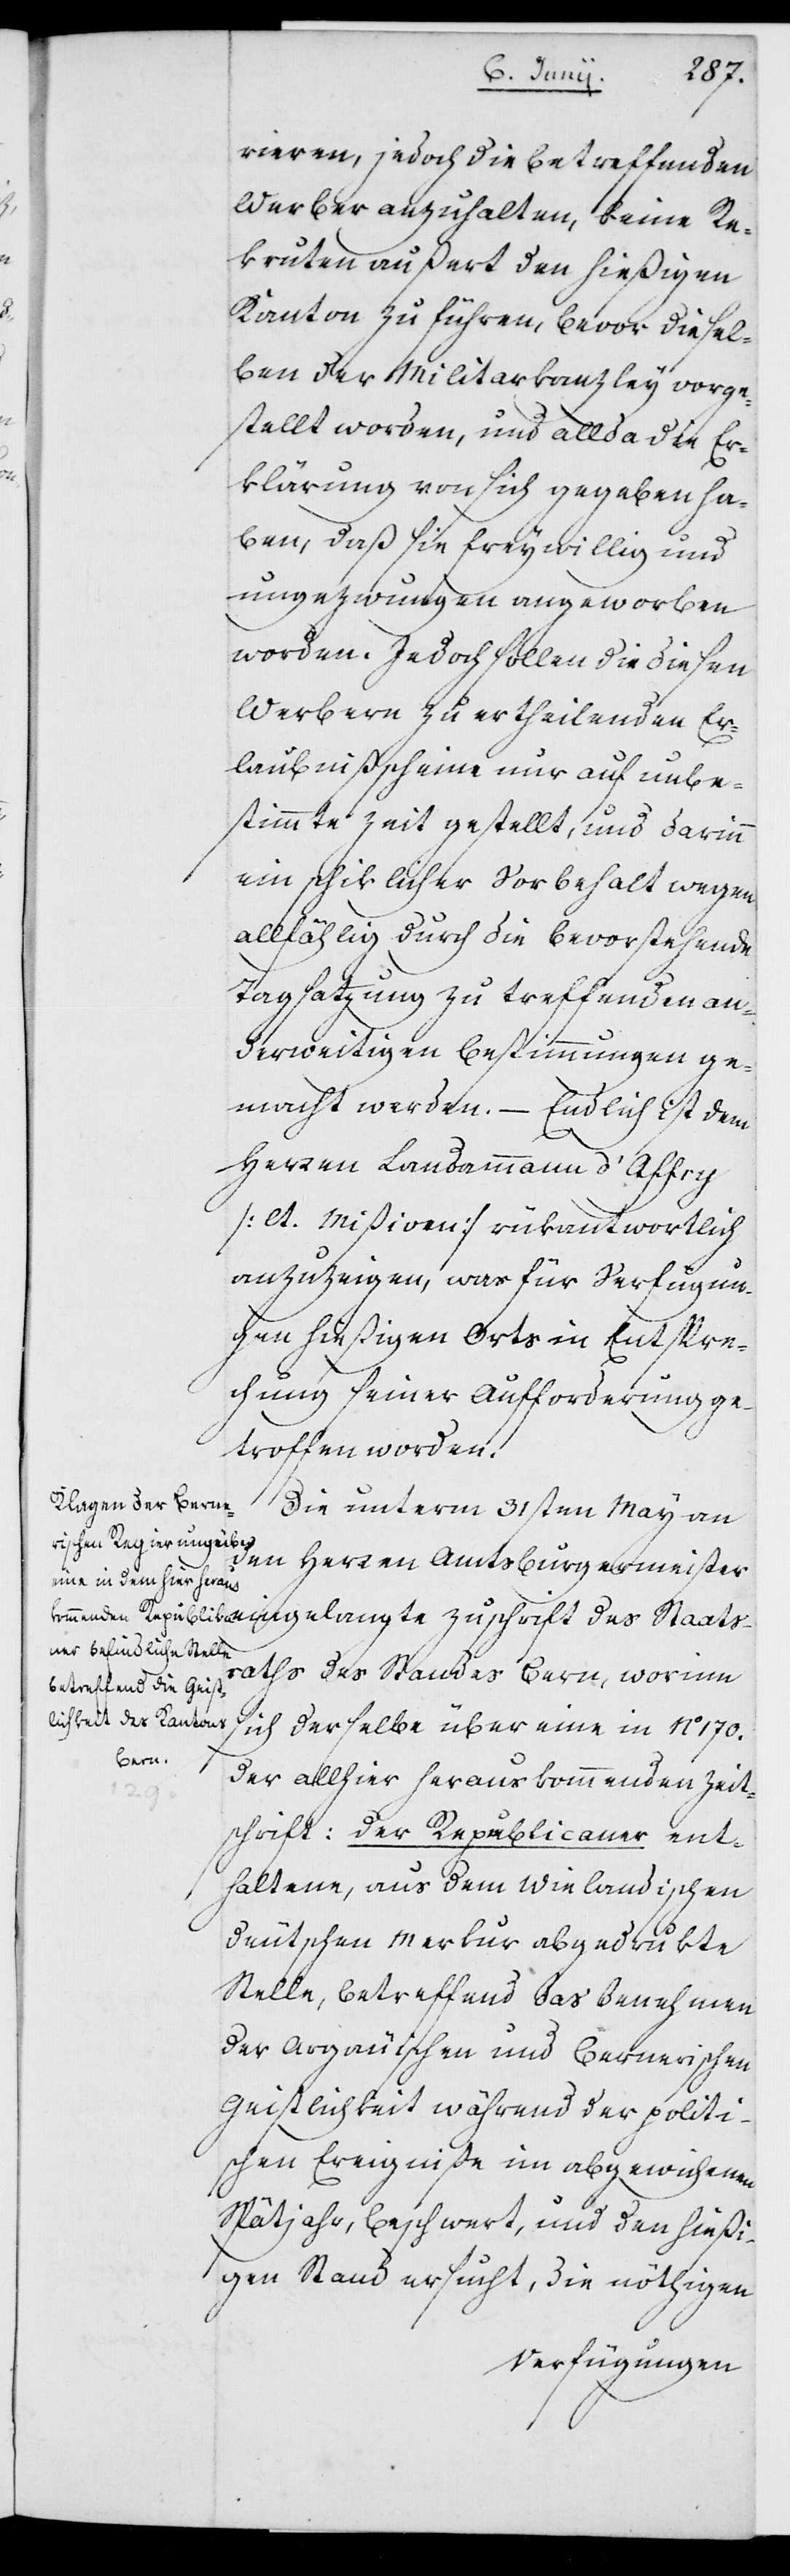
rieren, jedoch die betreffenden
Werber anzuhalten, keine Re¬
kruten außert den hießigen
Kanton zu führen, bevor diesel¬
be der Militarkanzley vorge¬
stellt worden, und allda die Er¬
klärung von sich gegeben ha¬
ben, daß sie freywillig und
ungezwungen angeworben
worden. Jedoch sollen die diesen
Werbern zu ertheilenden Er¬
laubnißscheine nur auf unbe¬
stimmte Zeit gestellt, und darinn
ein schiklicher Vorbehalt wegen
allfählig durch die bevorstehende
Tagsatzung zu treffenden an¬
derweitigen Bestimmungen ge¬
macht werden. – Endlich ist dem
Herren Landammann d’Affry
(lt. Mißiven) rükantwortlich
anzuzeigen, was für Verfügun¬
gen hießigen Orts in Entspre¬
chnung seiner Aufforderung ge¬
troffen worden.
Die unterm 31sten May an
den Herren Amtsburgermeister
eingelangte Zuschrift des Staats¬
raths des Standes Bern, worinn
sich derselbe über eine in No 170.
der allhier herauskommenden Zeit¬
schrift: Der Republicaner ent¬
haltene, aus dem Wielandischen
deutschen Merkur abgedrukte
Stelle, betreffend das Benehmen
der Argäuischen und Bernerischen
Geistlichkeit während der politi¬
schen Ereigniße im abgewichenen
Spätjahr, beschwert, und den hießi¬
gen Stand ersucht, die nöthigen